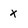
Character: X